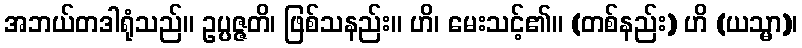
အဘယ်တဒါရုံသည်။ ဥပ္ပဇ္ဇတိ၊ ဖြစ်သနည်း။ ဟိ၊ မေးသင့်၏။ (တစ်နည်း) ဟိ (ယသ္မာ)၊